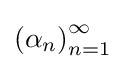
\left(\alpha _{n}\right)_{n=1}^{\infty }